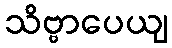
သိဗ္ဗာပေယျ